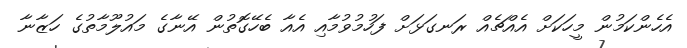
އެހެންކަމުން މީހަކަށް އެއްޗެއް ރަނގަޅަށް ފަހުމުވުމާއި އެއާ ބެހޭގޮތުން އޭނާގެ މައުލޫމާތުގެ ހަޒާނާ